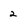
Character: 2